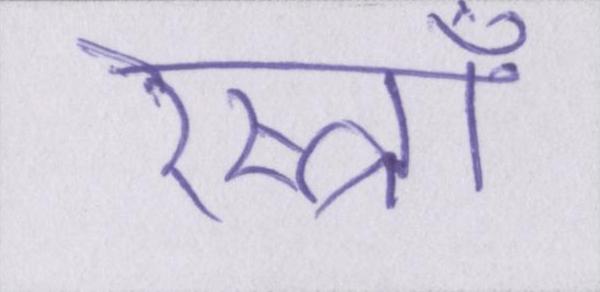
रेस्त्राँ